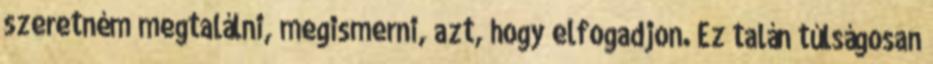
szeretném megtalálni, megismerni, azt, hogy elfogadjon. Ez talán túlságosan